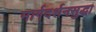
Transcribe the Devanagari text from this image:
मार्गदर्शनसुद्धा